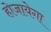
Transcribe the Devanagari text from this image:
होजायेगा